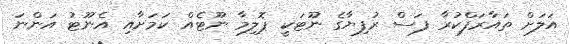
އަލަށް ތައާރަފްކުރާ ފަސް ރުފިޔާގެ ނޫޓަކީ ޕޮލިމާ ނޫޓެއް ކަމަށާއި އެނޫޓު އަންނަ